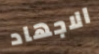
الاجهاد